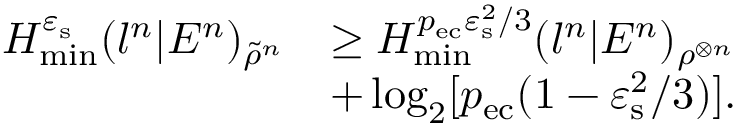
\begin{array} { r l } { H _ { \mathrm { m i n } } ^ { \varepsilon _ { \mathrm { s } } } ( l ^ { n } | E ^ { n } ) _ { \tilde { \rho } ^ { n } } } & { \geq H _ { \mathrm { m i n } } ^ { p _ { \mathrm { e c } } \varepsilon _ { \mathrm { s } } ^ { 2 } / 3 } ( l ^ { n } | E ^ { n } ) _ { \rho ^ { \otimes n } } } \\ & { + \log _ { 2 } [ p _ { \mathrm { e c } } ( 1 - \varepsilon _ { \mathrm { s } } ^ { 2 } / 3 ) ] . } \end{array}